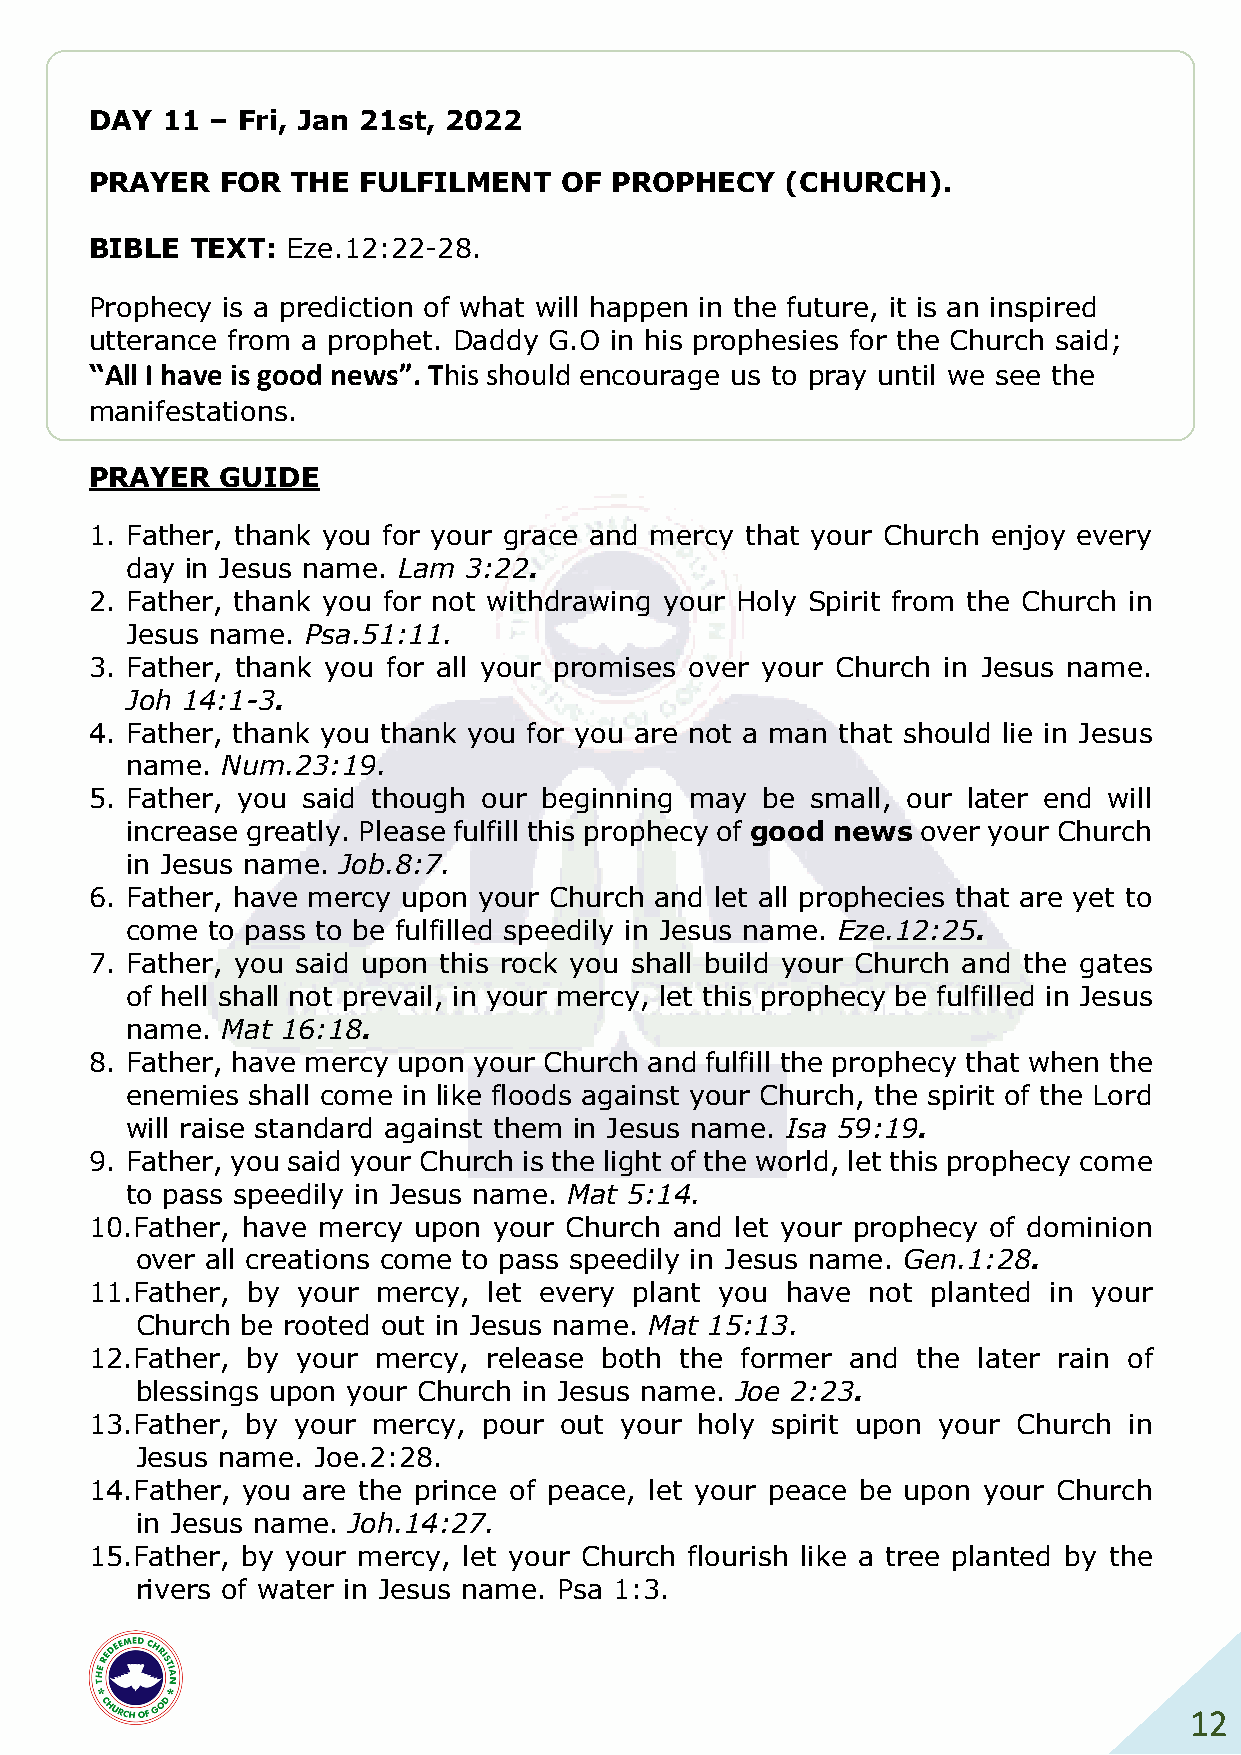
DAY  11 – Fri, Jan 21st, 2022
 PRAYER   FOR THE  FULFILMENT   OF PROPHECY    (CHURCH).
 BIBLE  TEXT: Eze.12:22-28.
 Prophecy is a prediction of what will happen in the future, it is an inspired
 utterance from a prophet. Daddy G.O in his prophesies for the Church said;
 “All I have is good news”. This should encourage us to pray until we see the
 manifestations.
 PRAYER   GUIDE
 1. Father, thank you for your grace and mercy that your Church enjoy every
 day in Jesus name. Lam 3:22.
 2. Father, thank you for not withdrawing your Holy Spirit from the Church in
 Jesus name. Psa.51:11.
 3. Father, thank you for all your promises over your Church in Jesus name.
 Joh 14:1-3.
 4. Father, thank you thank you for you are not a man that should lie in Jesus
 name.  Num.23:19.
 5. Father, you said though our beginning may be small, our later end will
 increase greatly. Please fulfill this prophecy of good news over your Church
 in Jesus name. Job.8:7.
 6. Father, have mercy upon your Church and let all prophecies that are yet to
 come  to pass to be fulfilled speedily in Jesus name. Eze.12:25.
 7. Father, you said upon this rock you shall build your Church and the gates
 of hell shall not prevail, in your mercy, let this prophecy be fulfilled in Jesus
 name.  Mat 16:18.
 8. Father, have mercy upon your Church and fulfill the prophecy that when the
 enemies shall come in like floods against your Church, the spirit of the Lord
 will raise standard against them in Jesus name. Isa 59:19.
 9. Father, you said your Church is the light of the world, let this prophecy come
 to pass speedily in Jesus name. Mat 5:14.
 10. Father, have mercy upon your Church and let your prophecy of dominion
 over all creations come to pass speedily in Jesus name. Gen.1:28.
 11. Father, by your mercy, let every plant you have not planted in your
 Church be rooted out in Jesus name. Mat 15:13.
 12. Father, by your mercy, release both the former and the later rain of
 blessings upon your Church in Jesus name. Joe 2:23.
 13. Father, by your mercy, pour out your holy spirit upon your Church in
 Jesus name. Joe.2:28.
 14. Father, you are the prince of peace, let your peace be upon your Church
 in Jesus name. Joh.14:27.
 15. Father, by your mercy, let your Church flourish like a tree planted by the
 rivers of water in Jesus name. Psa 1:3.
 12